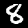
Digit: 8